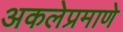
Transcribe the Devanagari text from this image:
अकलेप्रमाणे